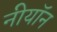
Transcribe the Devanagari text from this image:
नीयॉन